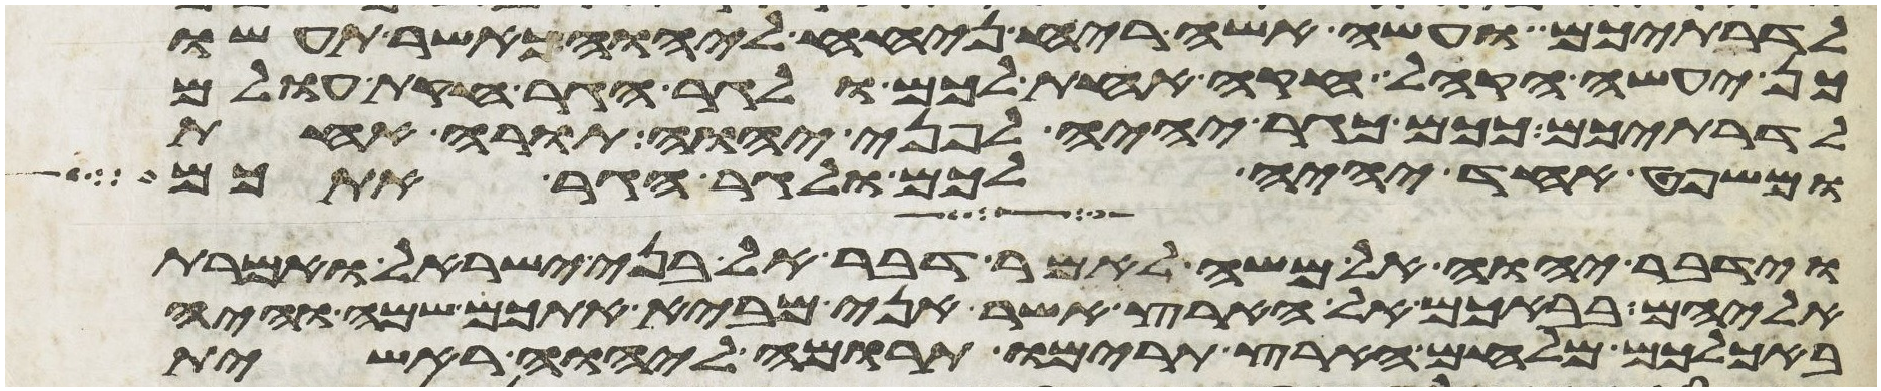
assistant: לדרתיכם ועשה אשה ריח ניחח ליהוה כאשר תעשו
כן יעשה הקהל חקה אחת לכם ולגר הגר חקת עולם
לדרתיכם ככם כגר יהיה לפני יהוה תורה אחת
ומשפט אחד יהיה לכם ולגר הגר אתכם
וידבר יהוה אל משה לאמר דבר אל בני ישראל ואמרת
אליהם בבאכם אל הארץ אשר אני מביא אתכם שמה והיה
באכלכם מלחם הארץ תרימו תרומה ליהוה ראשית